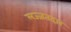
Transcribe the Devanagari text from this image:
लज्जतदार